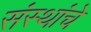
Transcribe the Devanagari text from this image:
संंस्थांचे